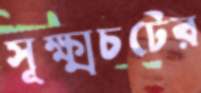
সূক্ষ্মচটের